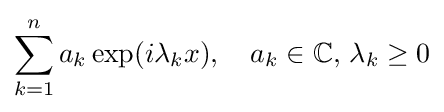
\sum _{k=1}^{n}a_{k}\exp(i\lambda _{k}x),\quad a_{k}\in \mathbb {C} ,\,\lambda _{k}\geq 0